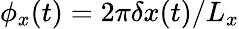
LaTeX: \phi_{x}(t)=2\pi\delta x(t)/{L_{x}}